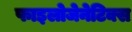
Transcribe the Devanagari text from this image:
फाइलोजेनेटिक्स